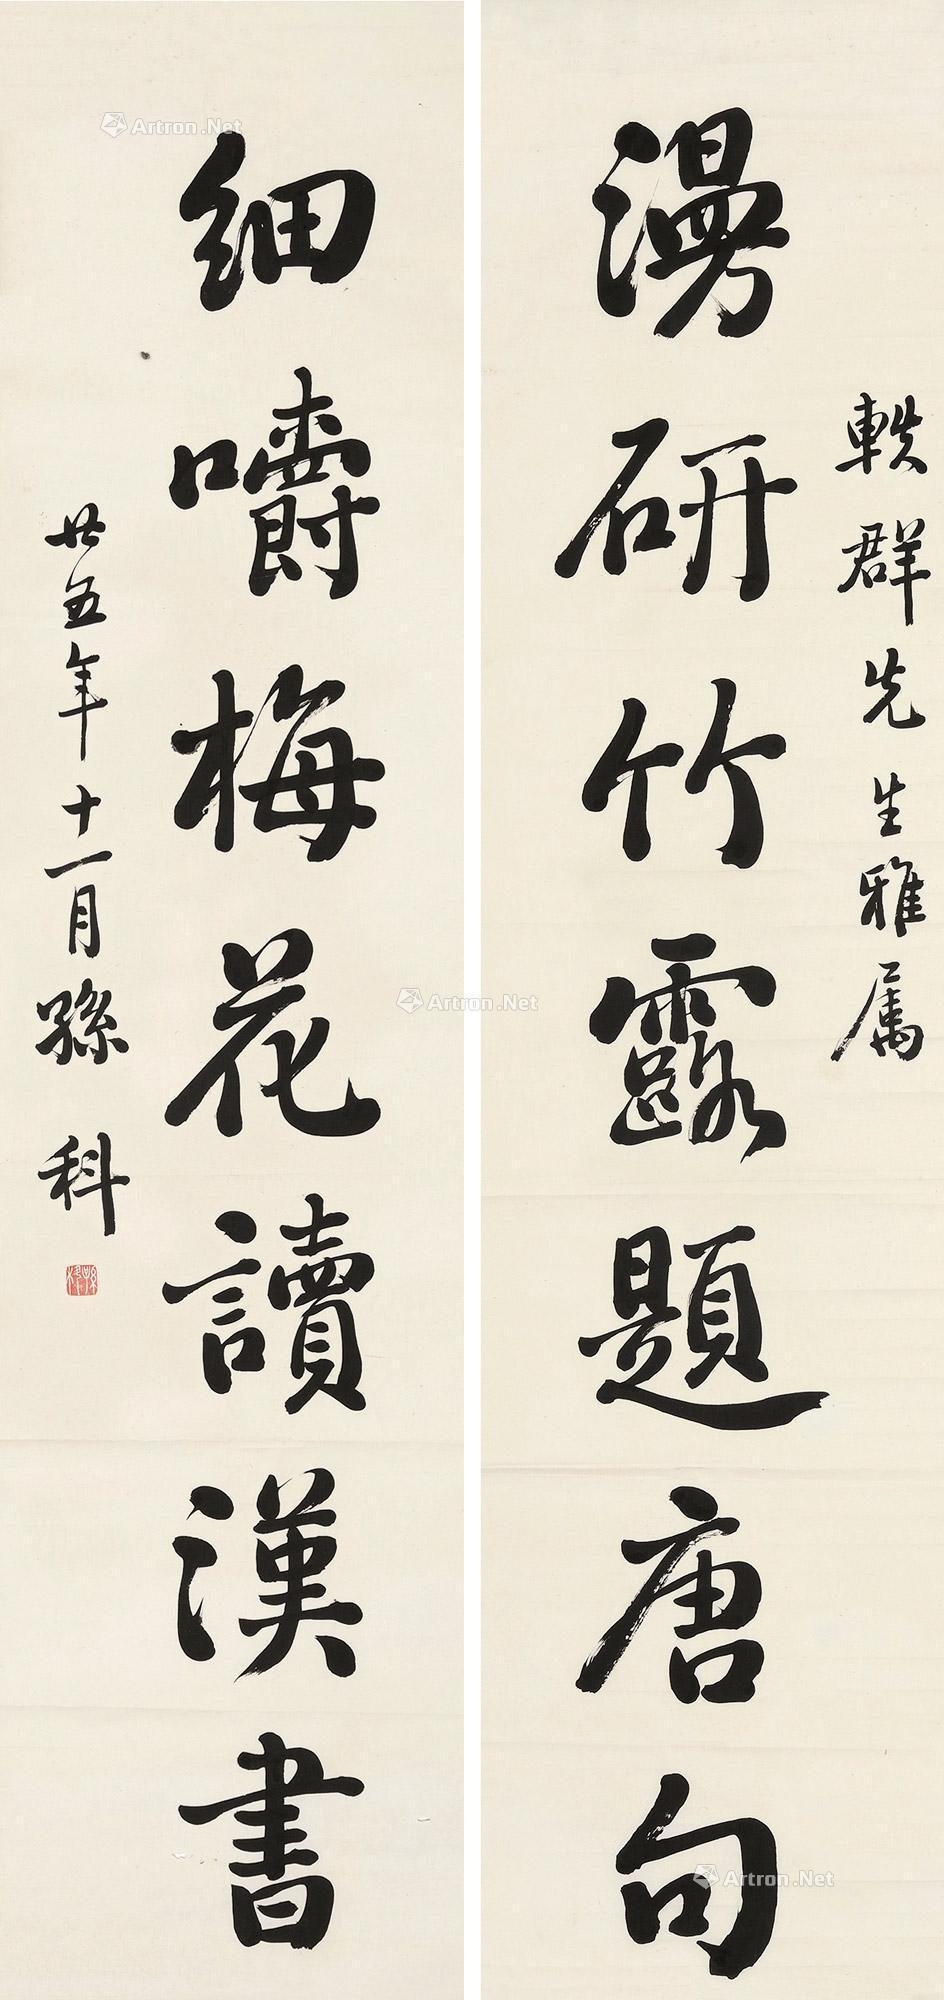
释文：漫研竹露题唐句，细嚼梅花读汉书。轶群先生雅属。廿五年十一月，孙科。